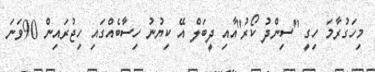
މިހަގުރާމަ ހިގީ ''ސިންދު ކޯރު''އާއި ދީބަލް އޭ ކިޔުނު ހިސާބެއްގައި ހިޖުރައިން 90ވަނަ